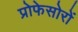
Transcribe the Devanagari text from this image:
प्रोफेसोरों